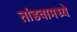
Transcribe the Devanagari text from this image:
तांडवामध्ये